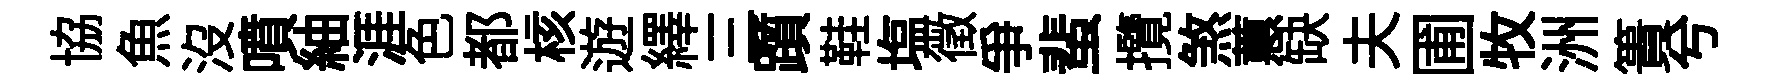
協魚沒噴紬涯色都核遊繹三躓鞋塩徵爭蜚攬煞蕙缺夫圃牧洲簣兮